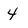
Character: 4